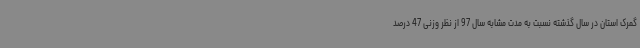
گمرک استان در سال گذشته نسبت به مدت مشابه سال 97 از نظر وزنی 47 درصد